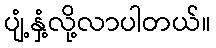
ပျံ့နှံ့လို့လာပါတယ်။